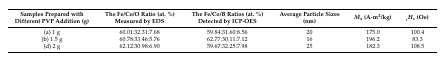
| Samples Prepared with Different PVP Addition (g) | The Fe/Co/O Ratio (at. %) Measured by EDS | The Fe/Co/B Ratios (at. %) Detected by ICP-OES | Average Particle Sizes (nm) | Ms (A·m2/kg) | iHc (Oe) |
 | --- | --- | --- | --- | --- | --- |
 | (a) 1 g | 60.01:32.31:7.68 | 59.84:31.60:8.56 | 20 | 175.0 | 100.4 |
 | (b) 1.5 g | 60.78:33.46:5.76 | 62.77:30.11:7.12 | 16 | 196.2 | 83.3 |
 | (d) 2 g | 62.12:30.98:6.90 | 59.67:32.25:7.98 | 25 | 182.3 | 108.5 |